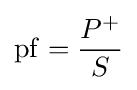
\mathrm {pf} ={P^{+} \over S}